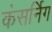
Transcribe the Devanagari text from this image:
कंसर्निग